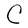
Character: C